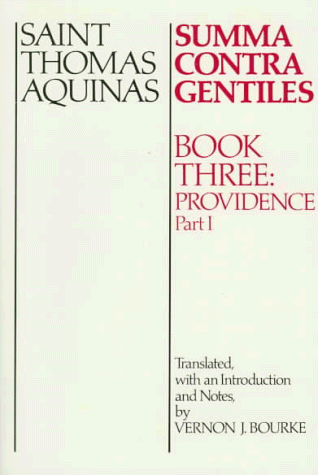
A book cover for Summa Contra Gentiles: Book Three: Providence: Part I; St. Thomas Aquinas; Politics & Social Sciences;